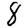
Digit: 8